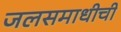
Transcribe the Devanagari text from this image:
जलसमाधीची